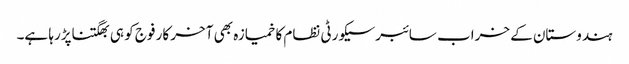
ہندوستان کے خراب سائبرسیکورٹی نظام کا خمیازہ بھی آخر کار فوج کو ہی بھگتناپڑرہا ہے۔